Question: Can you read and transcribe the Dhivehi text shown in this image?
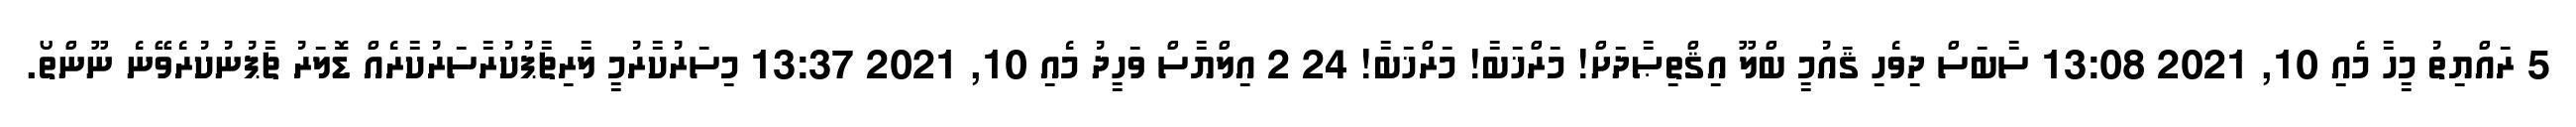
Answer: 5 ރައްޔިތު މީހާ މެއި 10, 2021 13:08 ސާބަސް ދިވެހި ޤައުމީ ބްލޫ އިޤްތިޞާދަށް! މަރްޚަބާ! މަރްޚަބާ! 24 2 އިލްޔާސް ވަހީދު މެއި 10, 2021 13:37 މިސަރުކާރުމީ ލާރިޗާޕުކުރާސަރުކާރެއް ޑޮލަރު ޗާޕުނުކުރެވޭނެ ނޫންތޯ.